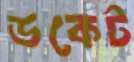
ডকেট